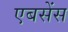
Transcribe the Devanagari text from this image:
एबसेंस